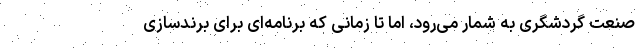
صنعت گردشگری به شمار می‌رود، اما تا زمانی که برنامه‌ای برای برندسازی